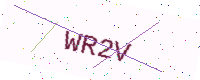
Text: WR2V